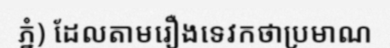
ភ្នំ) ដែលតាមរឿងទេវកថាប្រមាណ